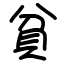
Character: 貧